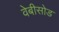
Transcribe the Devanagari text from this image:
वेबीसोड